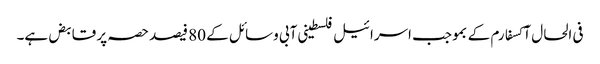
فی الحال آکسفارم کے بموجب اسرائیل فلسطینی آبی وسائل کے 80 فیصد حصہ پر قابض ہے۔